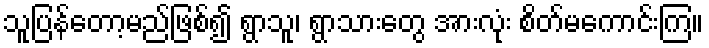
သူပြန်တော့မည်ဖြစ်၍ ရွာသူ၊ ရွာသားတွေ အားလုံး စိတ်မကောင်းကြ။